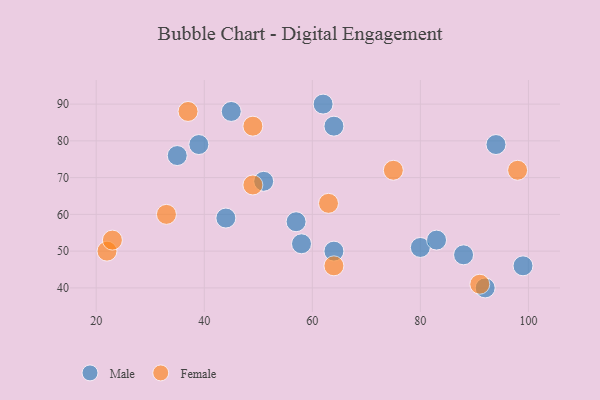
{"axis": {"x": "GDP", "y": "Life Expectancy"}, "legend": ["Female", "Male"], "data": [{"x": "35", "y": 76, "type": "Male"}, {"x": "80", "y": 51, "type": "Male"}, {"x": "83", "y": 53, "type": "Male"}, {"x": "58", "y": 52, "type": "Male"}, {"x": "64", "y": 84, "type": "Male"}, {"x": "39", "y": 79, "type": "Male"}, {"x": "44", "y": 59, "type": "Male"}, {"x": "92", "y": 40, "type": "Male"}, {"x": "99", "y": 46, "type": "Male"}, {"x": "45", "y": 88, "type": "Male"}, {"x": "62", "y": 90, "type": "Male"}, {"x": "94", "y": 79, "type": "Male"}, {"x": "57", "y": 58, "type": "Male"}, {"x": "51", "y": 69, "type": "Male"}, {"x": "64", "y": 50, "type": "Male"}, {"x": "88", "y": 49, "type": "Male"}, {"x": "37", "y": 88, "type": "Female"}, {"x": "63", "y": 63, "type": "Female"}, {"x": "98", "y": 72, "type": "Female"}, {"x": "75", "y": 72, "type": "Female"}, {"x": "33", "y": 60, "type": "Female"}, {"x": "49", "y": 84, "type": "Female"}, {"x": "22", "y": 50, "type": "Female"}, {"x": "64", "y": 46, "type": "Female"}, {"x": "91", "y": 41, "type": "Female"}, {"x": "49", "y": 68, "type": "Female"}, {"x": "23", "y": 53, "type": "Female"}]}